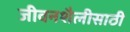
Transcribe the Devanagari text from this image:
जीवनशैलीसाठी